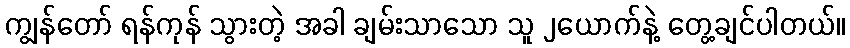
ကျွန်တော် ရန်ကုန် သွားတဲ့ အခါ ချမ်းသာသော သူ ၂ယောက်နဲ့ တွေ့ချင်ပါတယ်။